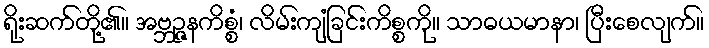
ရိုးဆက်တို့၏။ အဗ္ဘဉ္ဇနကိစ္စံ၊ လိမ်းကျံခြင်းကိစ္စကို။ သာဓယမာနာ၊ ပြီးစေလျက်။